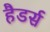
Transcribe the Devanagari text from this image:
हैडर्स